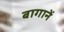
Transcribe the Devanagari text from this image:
बागानें